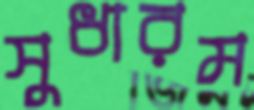
সুধারম